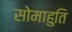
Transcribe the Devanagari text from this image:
सोमाहुति